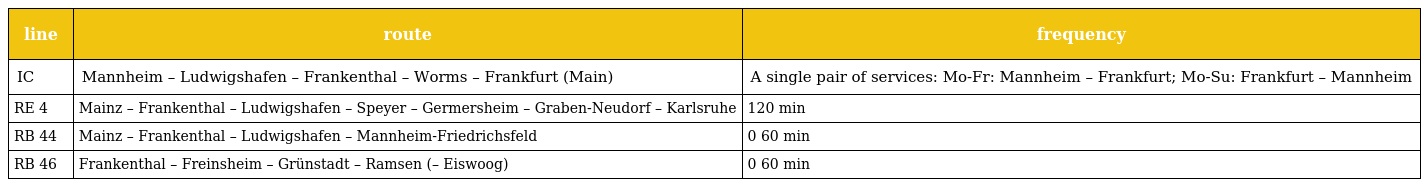
| line | route | frequency |
 | --- | --- | --- |
 | IC | Mannheim – Ludwigshafen – Frankenthal – Worms – Frankfurt (Main) | A single pair of services: Mo-Fr: Mannheim – Frankfurt; Mo-Su: Frankfurt – Mannheim |
 | RE 4 | Mainz – Frankenthal – Ludwigshafen – Speyer – Germersheim – Graben-Neudorf – Karlsruhe | 120 min |
 | RB 44 | Mainz – Frankenthal – Ludwigshafen – Mannheim-Friedrichsfeld | 0 60 min |
 | RB 46 | Frankenthal – Freinsheim – Grünstadt – Ramsen (– Eiswoog) | 0 60 min |